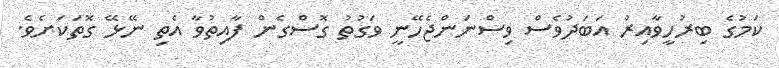
ކަމުގެ ބިރުހީވާއިރު އަބަދުވެސް ވިސްނަންޖެހޭނީ ވަގުތު ގޮސްގެން ފާއިތުވާ އެތި ނޭޅޭ ގޮތަކަށެވެ.